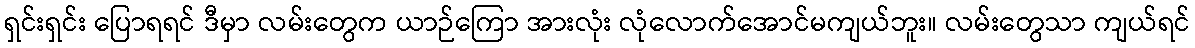
ရှင်းရှင်း ပြောရရင် ဒီမှာ လမ်းတွေက ယာဉ်ကြော အားလုံး လုံလောက်အောင်မကျယ်ဘူး။ လမ်းတွေသာ ကျယ်ရင်